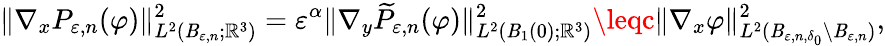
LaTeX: \| \nabla_{x}P_{\varepsilon,n}(\varphi)\| _{L^{2}(\mathit{B}_{\varepsilon,n};\mathbb{{R}}^{3})}^{2}=\varepsilon^{\alpha}\| \nabla_{y}\widetilde{{P}}_{\varepsilon,n}(\varphi)\| _{L^{2}(\mathit{B}_{1}(0);\mathbb{{R}}^{3})}^{2}\leqc\Vert\nabla_{x}\varphi\Vert_{L^{2}(\mathit{B}_{\varepsilon,n,\delta_{0}}\setminus\mathit{B}_{\varepsilon,n})}^{2},